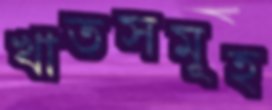
খাতসমূহ